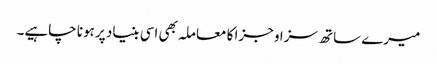
میرے ساتھ سزا و جزا کا معاملہ بھی اسی بنیاد پر ہونا چاہیے۔